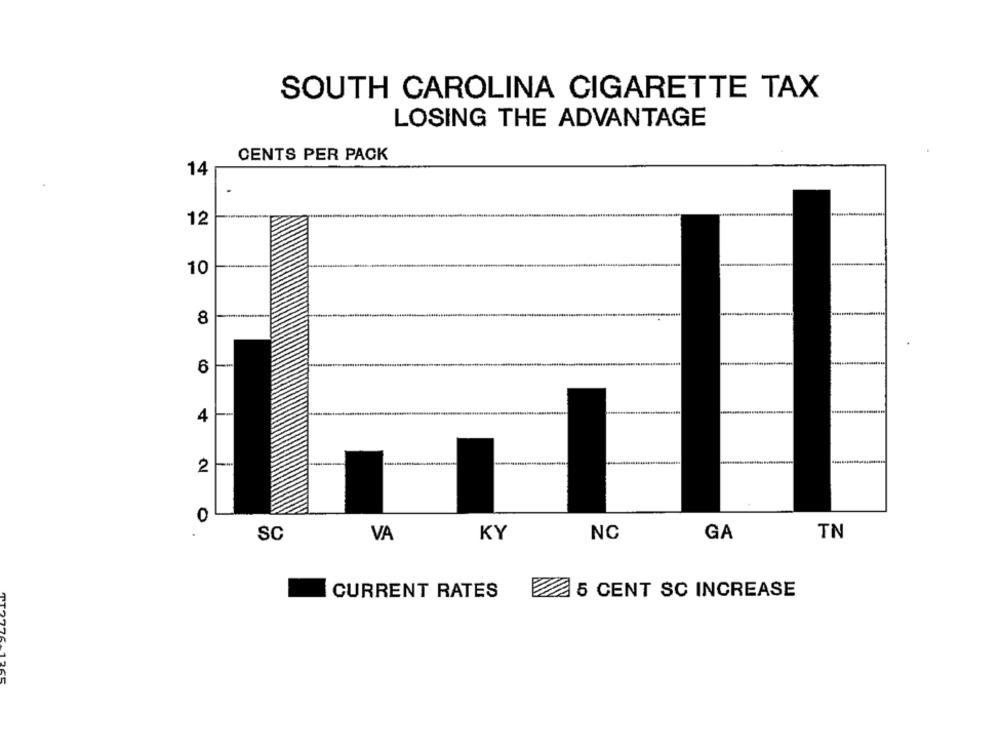
SOUTH CAROLINA CIGARETTE TAX
LOSING THE ADVANTAGE
CENTS PER PACK
14
12
10
8
6
4
2
0
TN
SC
VA
KY
NC
GA
CURRENT RATES
5 CENT SC INCREASE